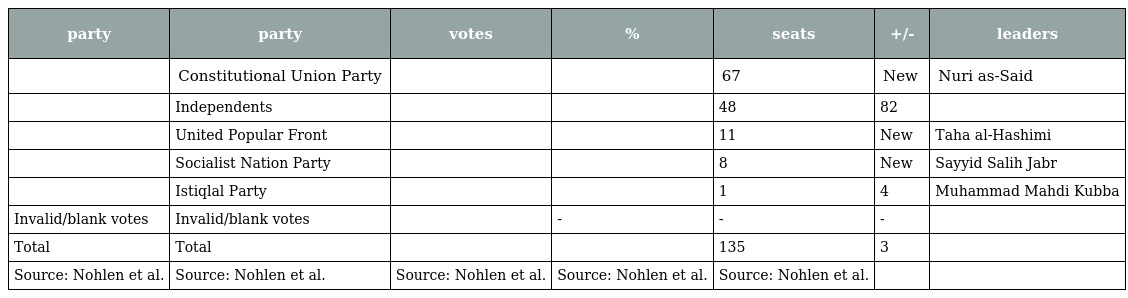
| party | party | votes | % | seats | +/- | leaders |
 | --- | --- | --- | --- | --- | --- | --- |
 |  | Constitutional Union Party |  |  | 67 | New | Nuri as-Said |
 |  | Independents |  |  | 48 | 82 |  |
 |  | United Popular Front |  |  | 11 | New | Taha al-Hashimi |
 |  | Socialist Nation Party |  |  | 8 | New | Sayyid Salih Jabr |
 |  | Istiqlal Party |  |  | 1 | 4 | Muhammad Mahdi Kubba |
 | Invalid/blank votes | Invalid/blank votes |  | - | - | - |  |
 | Total | Total |  |  | 135 | 3 |  |
 | Source: Nohlen et al. | Source: Nohlen et al. | Source: Nohlen et al. | Source: Nohlen et al. | Source: Nohlen et al. |  |  |